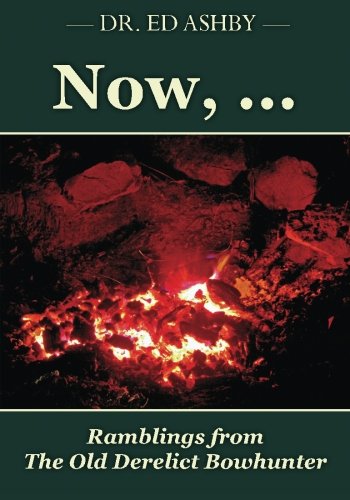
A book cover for Now, ...: Ramblings fron the Old Derelict Bowhunter; Dr. Ed Ashby; Sports & Outdoors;